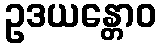
ဥဒယန္တောဝ